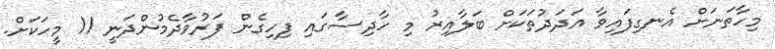
މިހާތަނަށް އެނގިފައިވާ އަދަދުތަކަށް ބަލާއިރު މި ހާދިސާގައި ފިހިގެން ފަރުވާދެމުންދަނީ 11 މީހަކަށް.